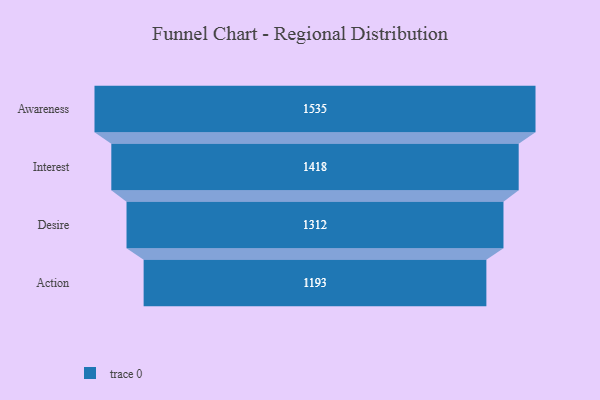
{"axis": {"x": "Stage", "y": "Value"}, "legend": [""], "data": [{"x": "Awareness", "y": 1535.0, "type": ""}, {"x": "Interest", "y": 1418.0, "type": ""}, {"x": "Desire", "y": 1312.0, "type": ""}, {"x": "Action", "y": 1193.0, "type": ""}]}